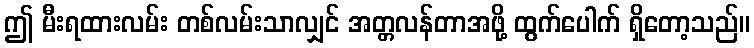
ဤ မီးရထားလမ်း တစ်လမ်းသာလျှင် အတ္တလန်တာအဖို့ ထွက်ပေါက် ရှိတော့သည်။